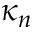
\kappa _ { n }